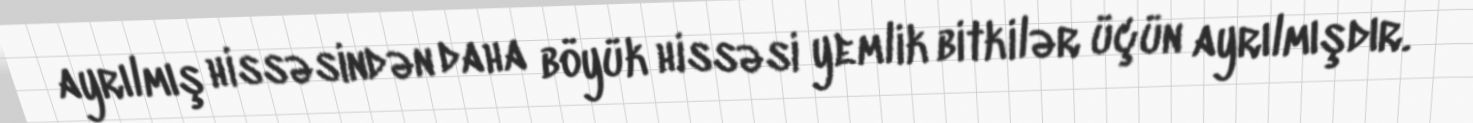
ayrılmış hissəsindən daha böyük hissəsi yemlik bitkilər üçün ayrılmışdır.